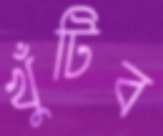
খুঁটিব